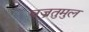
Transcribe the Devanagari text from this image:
वज्रतुमुल